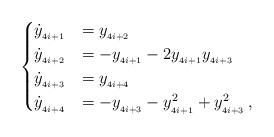
LaTeX: \begin{align*} \begin{cases} \dot{y}_{_{4i+1}}&=y_{_{4i+2}}\\ \dot{y}_{_{4i+2}}&=-y_{_{4i+1}}-2y_{_{4i+1}}y_{_{4i+3}}\\ \dot{y}_{_{4i+3}}&=y_{_{4i+4}}\\ \dot{y}_{_{4i+4}}&=-y_{_{4i+3}}-y^2_{_{4i+1}}+y^2_{_{4i+3}} \, , \end{cases} \end{align*}